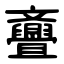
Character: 斖